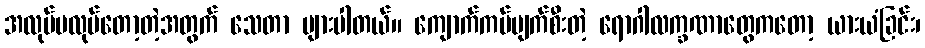
အလုပ်မလုပ်တော့တဲ့အတွက် သေတာ များပါတယ်။ ကျောက်ကပ်ပျက်စီးတဲ့ ရောဂါလက္ခဏာတွေကတော့ ယားယံခြင်း၊